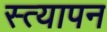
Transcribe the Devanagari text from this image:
स्त्यापन